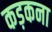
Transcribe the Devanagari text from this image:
कड़कना